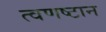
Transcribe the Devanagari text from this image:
त्वणष्टान